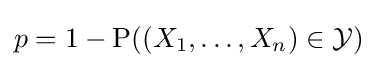
p=1-\mathrm {P} ((X_{1},\ldots ,X_{n})\in {\mathcal {Y}})